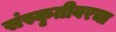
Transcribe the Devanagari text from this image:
संस्कृतीवरचा